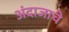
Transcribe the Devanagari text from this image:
अंदाजाचे